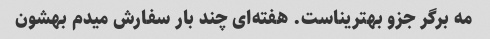
مه برگر جزو بهتریناست. هفته‌ای چند بار سفارش میدم بهشون